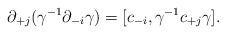
\begin{align*}\partial_{+j} (\gamma^{-1} \partial_{-i} \gamma) = [c_{-i},\gamma^{-1}c_{+j} \gamma]. \end{align*}